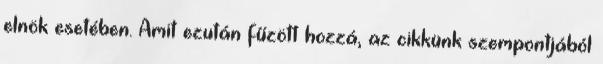
elnök esetében. Amit ezután fűzött hozzá, az cikkünk szempontjából